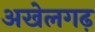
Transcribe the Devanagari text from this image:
अखेलगढ़